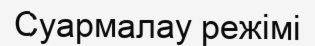
Суармалау режімі